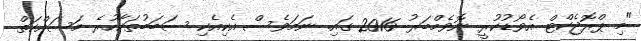
"މި ޕްރޮޖެކްޓް އެވޯޑުކުރީ ނޮވެމްބަރު 2016 ގައި. ނަމަވެސް އެކިއެކި ސަބަބުތަކާހުރެ މަސައްކަތް